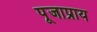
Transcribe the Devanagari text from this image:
पूजाप्राय